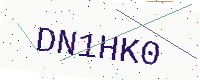
Text: DN1HK0